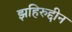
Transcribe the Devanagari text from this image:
झहिरुद्दीन